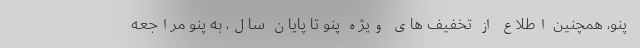
پنو، همچنین اطلاع از تخفیف های ویژه پنو تا پایان سال، به پنو مراجعه